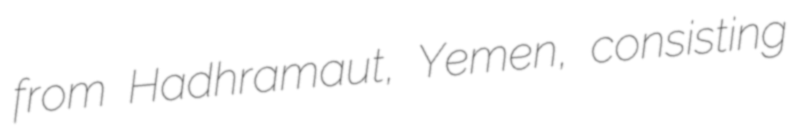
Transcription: from Hadhramaut, Yemen, consisting